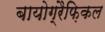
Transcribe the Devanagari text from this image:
बायोग्रैफ़िकल